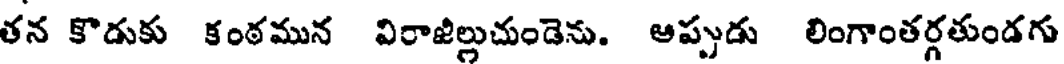
తన కొడుకు కంఠమున విరాజిలుచుండెను. అప్పుడు లింగాంతర్గతుండగు